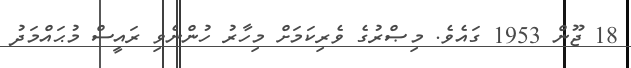
18 ޖޫން 1953 ގައެވެ. މިޞްރުގެ ވެރިކަމަށް މިހާރު ހުންނެވި ރައީސް މުޙައްމަދު